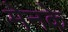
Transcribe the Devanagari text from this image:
मेनके